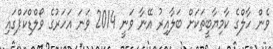
ވެން ހާލްގެ ކާމިޔާބީތަކަށް ބަލާއިރު އޭނާ ވަނީ 2014 ވަނަ އަހަރުގެ ވޯލްޑްކަޕްގައި